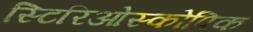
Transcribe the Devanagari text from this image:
स्टिरिओस्कोपिक